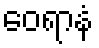
ဝေရာနံ